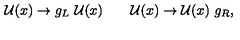
\mathcal { U } ( x ) \rightarrow g _ { L } \ \mathcal { U } ( x ) \qquad \mathcal { U } ( x ) \rightarrow \mathcal { U } ( x ) \ g _ { R } ,